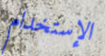
الإستخدام